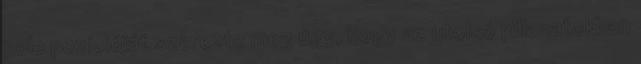
pole pozícióját szerezte meg úgy, hogy az utolsó pillanatokban